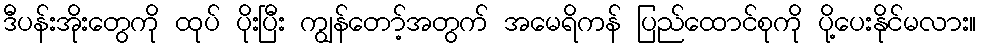
ဒီပန်းအိုးတွေကို ထုပ် ပိုးပြီး ကျွန်တော့်အတွက် အမေရိကန် ပြည်ထောင်စုကို ပို့ပေးနိုင်မလား။